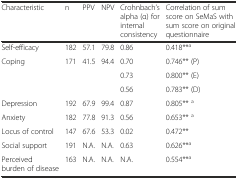
<table><thead><tr><td><b>Characteristic</b></td><td><b>n</b></td><td><b>PPV</b></td><td><b>NPV</b></td><td><b>Crohnbach’s alpha (α) for internal consistency</b></td><td><b>Correlation of sum score on SeMaS with sum score on original questionnaire</b></td></tr></thead><tbody><tr><td>Self-efficacy</td><td>182</td><td>57.1</td><td>79.8</td><td>0.86</td><td>0.418**<sup>a</sup></td></tr><tr><td rowspan="3">Coping</td><td rowspan="3">171</td><td rowspan="3">41.5</td><td rowspan="3">94.4</td><td>0.70</td><td>0.746** (P)</td></tr><tr><td>0.73</td><td>0.800** (E)</td></tr><tr><td>0.56</td><td>0.783** (D)</td></tr><tr><td>Depression</td><td>192</td><td>67.9</td><td>99.4</td><td>0.87</td><td>0.805** <sup>a</sup></td></tr><tr><td>Anxiety</td><td>182</td><td>77.8</td><td>91.3</td><td>0.56</td><td>0.653** <sup>a</sup></td></tr><tr><td>Locus of control</td><td>147</td><td>67.6</td><td>53.3</td><td>0.02</td><td>0.472**</td></tr><tr><td>Social support</td><td>191</td><td>N.A.</td><td>N.A.</td><td>0.63</td><td>0.626**<sup>a</sup></td></tr><tr><td>Perceived burden of disease</td><td>163</td><td>N.A.</td><td>N.A.</td><td>N.A.</td><td>0.554**<sup>a</sup></td></tr></tbody></table>